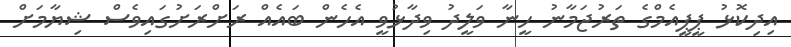
އިދިކޮޅު ޕީޕީއެމްގެ ތަރުޖަމާނު ހީނާ ވަލީދު ވިދާޅުވީ އެހެން ބައެއް ރަށްރަށުގައިވެސް ޝިޔާމަށް